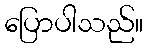
ပြောပါသည်။